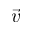
\vec { v }